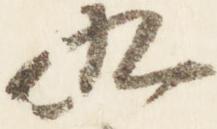
九